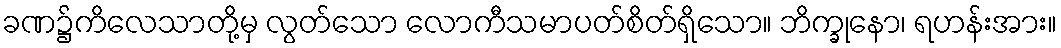
ခဏ၌ကိလေသာတို့မှ လွတ်သော လောကီသမာပတ်စိတ်ရှိသော။ ဘိက္ခုနော၊ ရဟန်းအား။